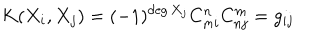
K ( X _ { i } , X _ { j } ) = ( - 1 ) ^ { \deg X _ { j } } C _ { m i } ^ { n } C _ { n j } ^ { m } = g _ { i j }